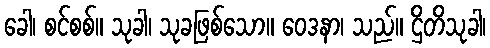
ခေါ၊ စင်စစ်။ သုခါ၊ သုခဖြစ်သော။ ဝေဒနာ၊ သည်။ ဌိတိသုခါ၊